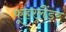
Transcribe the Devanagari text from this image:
फूहरलैंडर